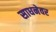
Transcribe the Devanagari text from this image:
साधनेवर